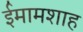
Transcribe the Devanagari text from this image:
ईमामशाह